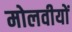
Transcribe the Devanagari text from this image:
मोलवीयों